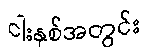
ငါးနှစ်အတွင်း